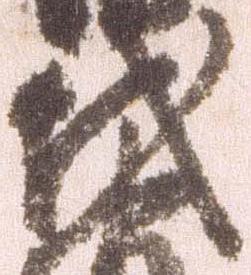
代